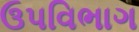
ઉપવિભાગ